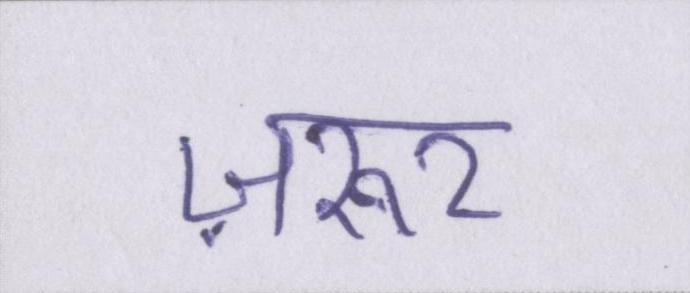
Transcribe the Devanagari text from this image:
ज़रूर